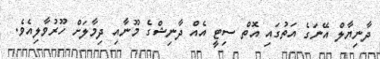
ދާނިޔާލް އޭނަގެ އަތުގައި އޮތް ސިޓީ އެއް ދާނިޝްގެ މޫނާއި ދިމާލަށް ހޫރުވާލިއެވެ.